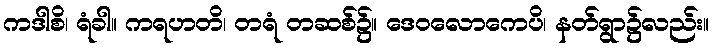
ကဒါစိ၊ ရံခါ။ ကရဟတိ၊ တရံ တဆစ်၌။ ဒေဝလောကေပိ၊ နတ်ရွာ၌လည်း။